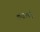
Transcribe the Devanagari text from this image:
डाइरनेम